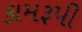
કામરૂપી